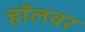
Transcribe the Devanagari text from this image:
हॉलवर